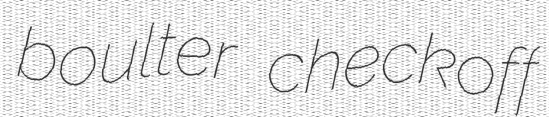
boulter checkoff